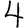
Digit: 4